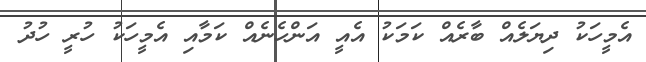
އެމީހަކު ދިޔަލެއް ބާރެއް ކަމަކު އެއީ އަންހެނެއް ކަމާއި އެމީހަކު ހުރީ ހުދު